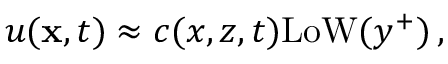
u ( { \bf x } , t ) \approx c ( x , z , t ) \mathrm { L o W } ( y ^ { + } ) \, ,